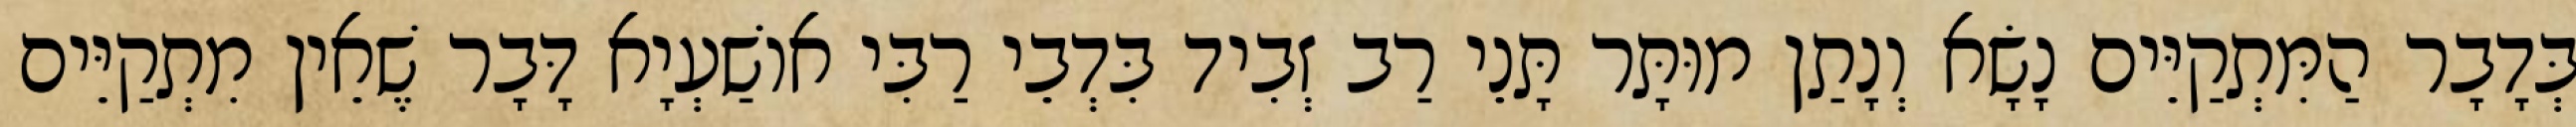
בְּדָבָר הַמִּתְקַיֵּים נָשָׂא וְנָתַן מוּתָּר תָּנֵי רַב זְבִיד בִּדְבֵי רַבִּי אוֹשַׁעְיָא דָּבָר שֶׁאֵין מִתְקַיֵּים